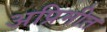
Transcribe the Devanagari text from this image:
अप्रिमीत